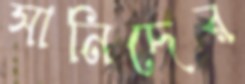
সানিদের